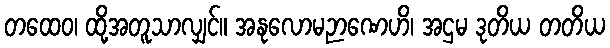
တထေဝ၊ ထို့အတူသာလျှင်။ အနုလောမဉာဏေဟိ၊ အဌမ ဒုတိယ တတိယ